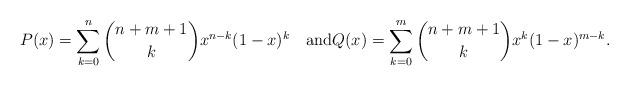
LaTeX: \begin{align*}P(x)=\sum_{k=0}^n {n+m+1\choose k} x^{n-k} (1-x)^k \quad\mbox{and} Q(x)=\sum_{k=0}^m{n+m+1\choose k} x^k (1-x)^{m-k}.\end{align*}